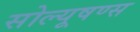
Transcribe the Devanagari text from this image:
सोल्यूषण्स